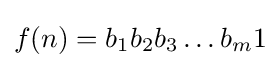
f(n)=b_{1}b_{2}b_{3}\dots b_{m}1